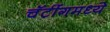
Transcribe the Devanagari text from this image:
चॅटींगमध्ये